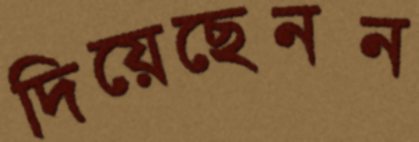
দিয়েছেনন